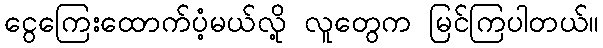
ငွေကြေးထောက်ပံ့မယ်လို့ လူတွေက မြင်ကြပါတယ်။